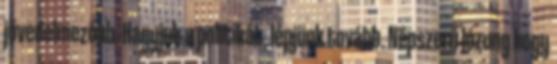
jövedelmezőbb. Hagyjuk a politikát, lépjünk tovább. Népszerű lózung hogy